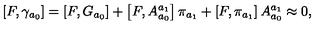
\left[ F , \gamma _ { a _ { 0 } } \right] = \left[ F , G _ { a _ { 0 } } \right] + \left[ F , A _ { a _ { 0 } } ^ { a _ { 1 } } \right] \pi _ { a _ { 1 } } + \left[ F , \pi _ { a _ { 1 } } \right] A _ { a _ { 0 } } ^ { a _ { 1 } } \approx 0 ,